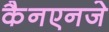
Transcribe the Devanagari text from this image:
कैनएनजे